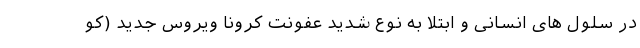
در سلول های انسانی و ابتلا به نوع شدید عفونت کرونا ویروس جدید (کو